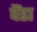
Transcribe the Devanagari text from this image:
पैंडा